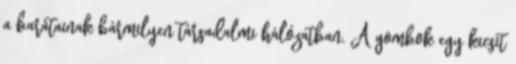
a barátainak bármilyen társadalmi hálózatban. A gombok egy kicsit